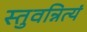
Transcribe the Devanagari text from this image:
स्तुवन्नित्यं